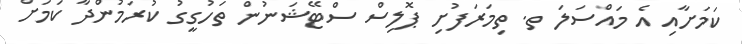
ކަމަށާއި އެ މައްސަލަ ތ. ތިމަރަފުށި ޕޮލިސް ސްޓޭޝަނުން ތަހުގީގު ކުރަމުންދާ ކަމަށް